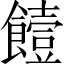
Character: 饐